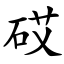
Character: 砹